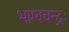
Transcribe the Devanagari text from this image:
भाग्यचन्द्रः